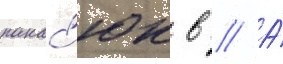
панас'юк в // А́